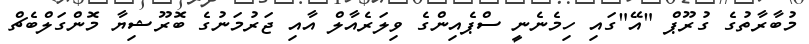
މުބާރާތުގެ ގުރޫޕް "އޭ"ގައި ހިމެނެނީ ސްޕެއިންގެ ވިލަރެއާލް އާއި ޖަރުމަނުގެ ބޮރޫޝިޔާ މޮންގަލްބެޗް